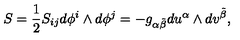
S = \frac { 1 } { 2 } S _ { i j } d \phi ^ { i } \wedge d \phi ^ { j } = - g _ { \alpha \tilde { \beta } } d u ^ { \alpha } \wedge d v ^ { \tilde { \beta } } ,